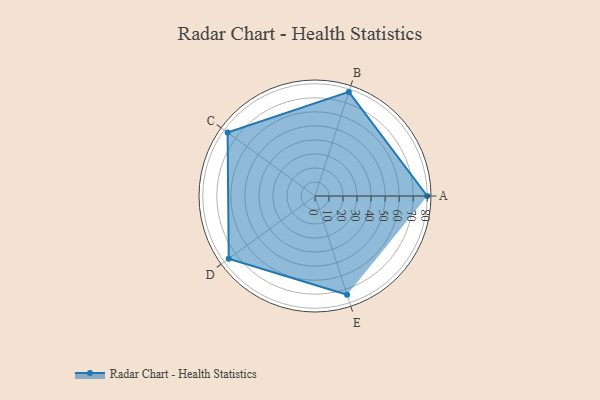
{"axis": {"x": "Skill", "y": "Score"}, "legend": ["Profile"], "data": [{"x": "A", "y": 80.0, "type": "Profile"}, {"x": "B", "y": 78.0, "type": "Profile"}, {"x": "C", "y": 77.0, "type": "Profile"}, {"x": "D", "y": 76.0, "type": "Profile"}, {"x": "E", "y": 74.0, "type": "Profile"}]}